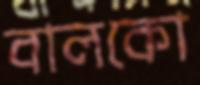
বালকো